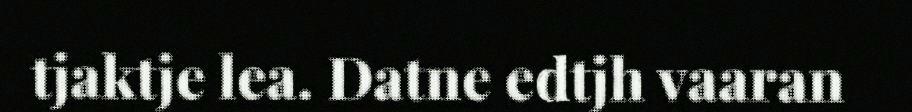
tjaktje lea. Datne edtjh vaaran